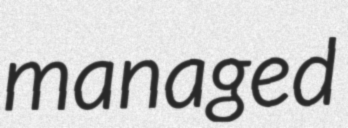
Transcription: managed